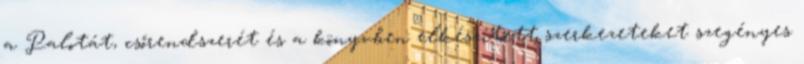
a Palotát, csőrendszerét és a könyvben elkészített szerkezeteket szegényes